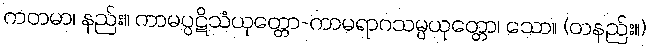
ကတမာ၊ နည်း။ ကာမပ္ပဋိသံယုတ္တော-ကာမရာဂသမ္ပယုတ္တော၊ သော။ (တနည်း။)